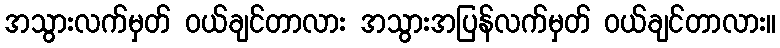
အသွားလက်မှတ် ဝယ်ချင်တာလား အသွားအပြန်လက်မှတ် ဝယ်ချင်တာလား။